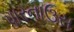
પારનાઉસ